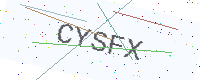
Text: CYSFX